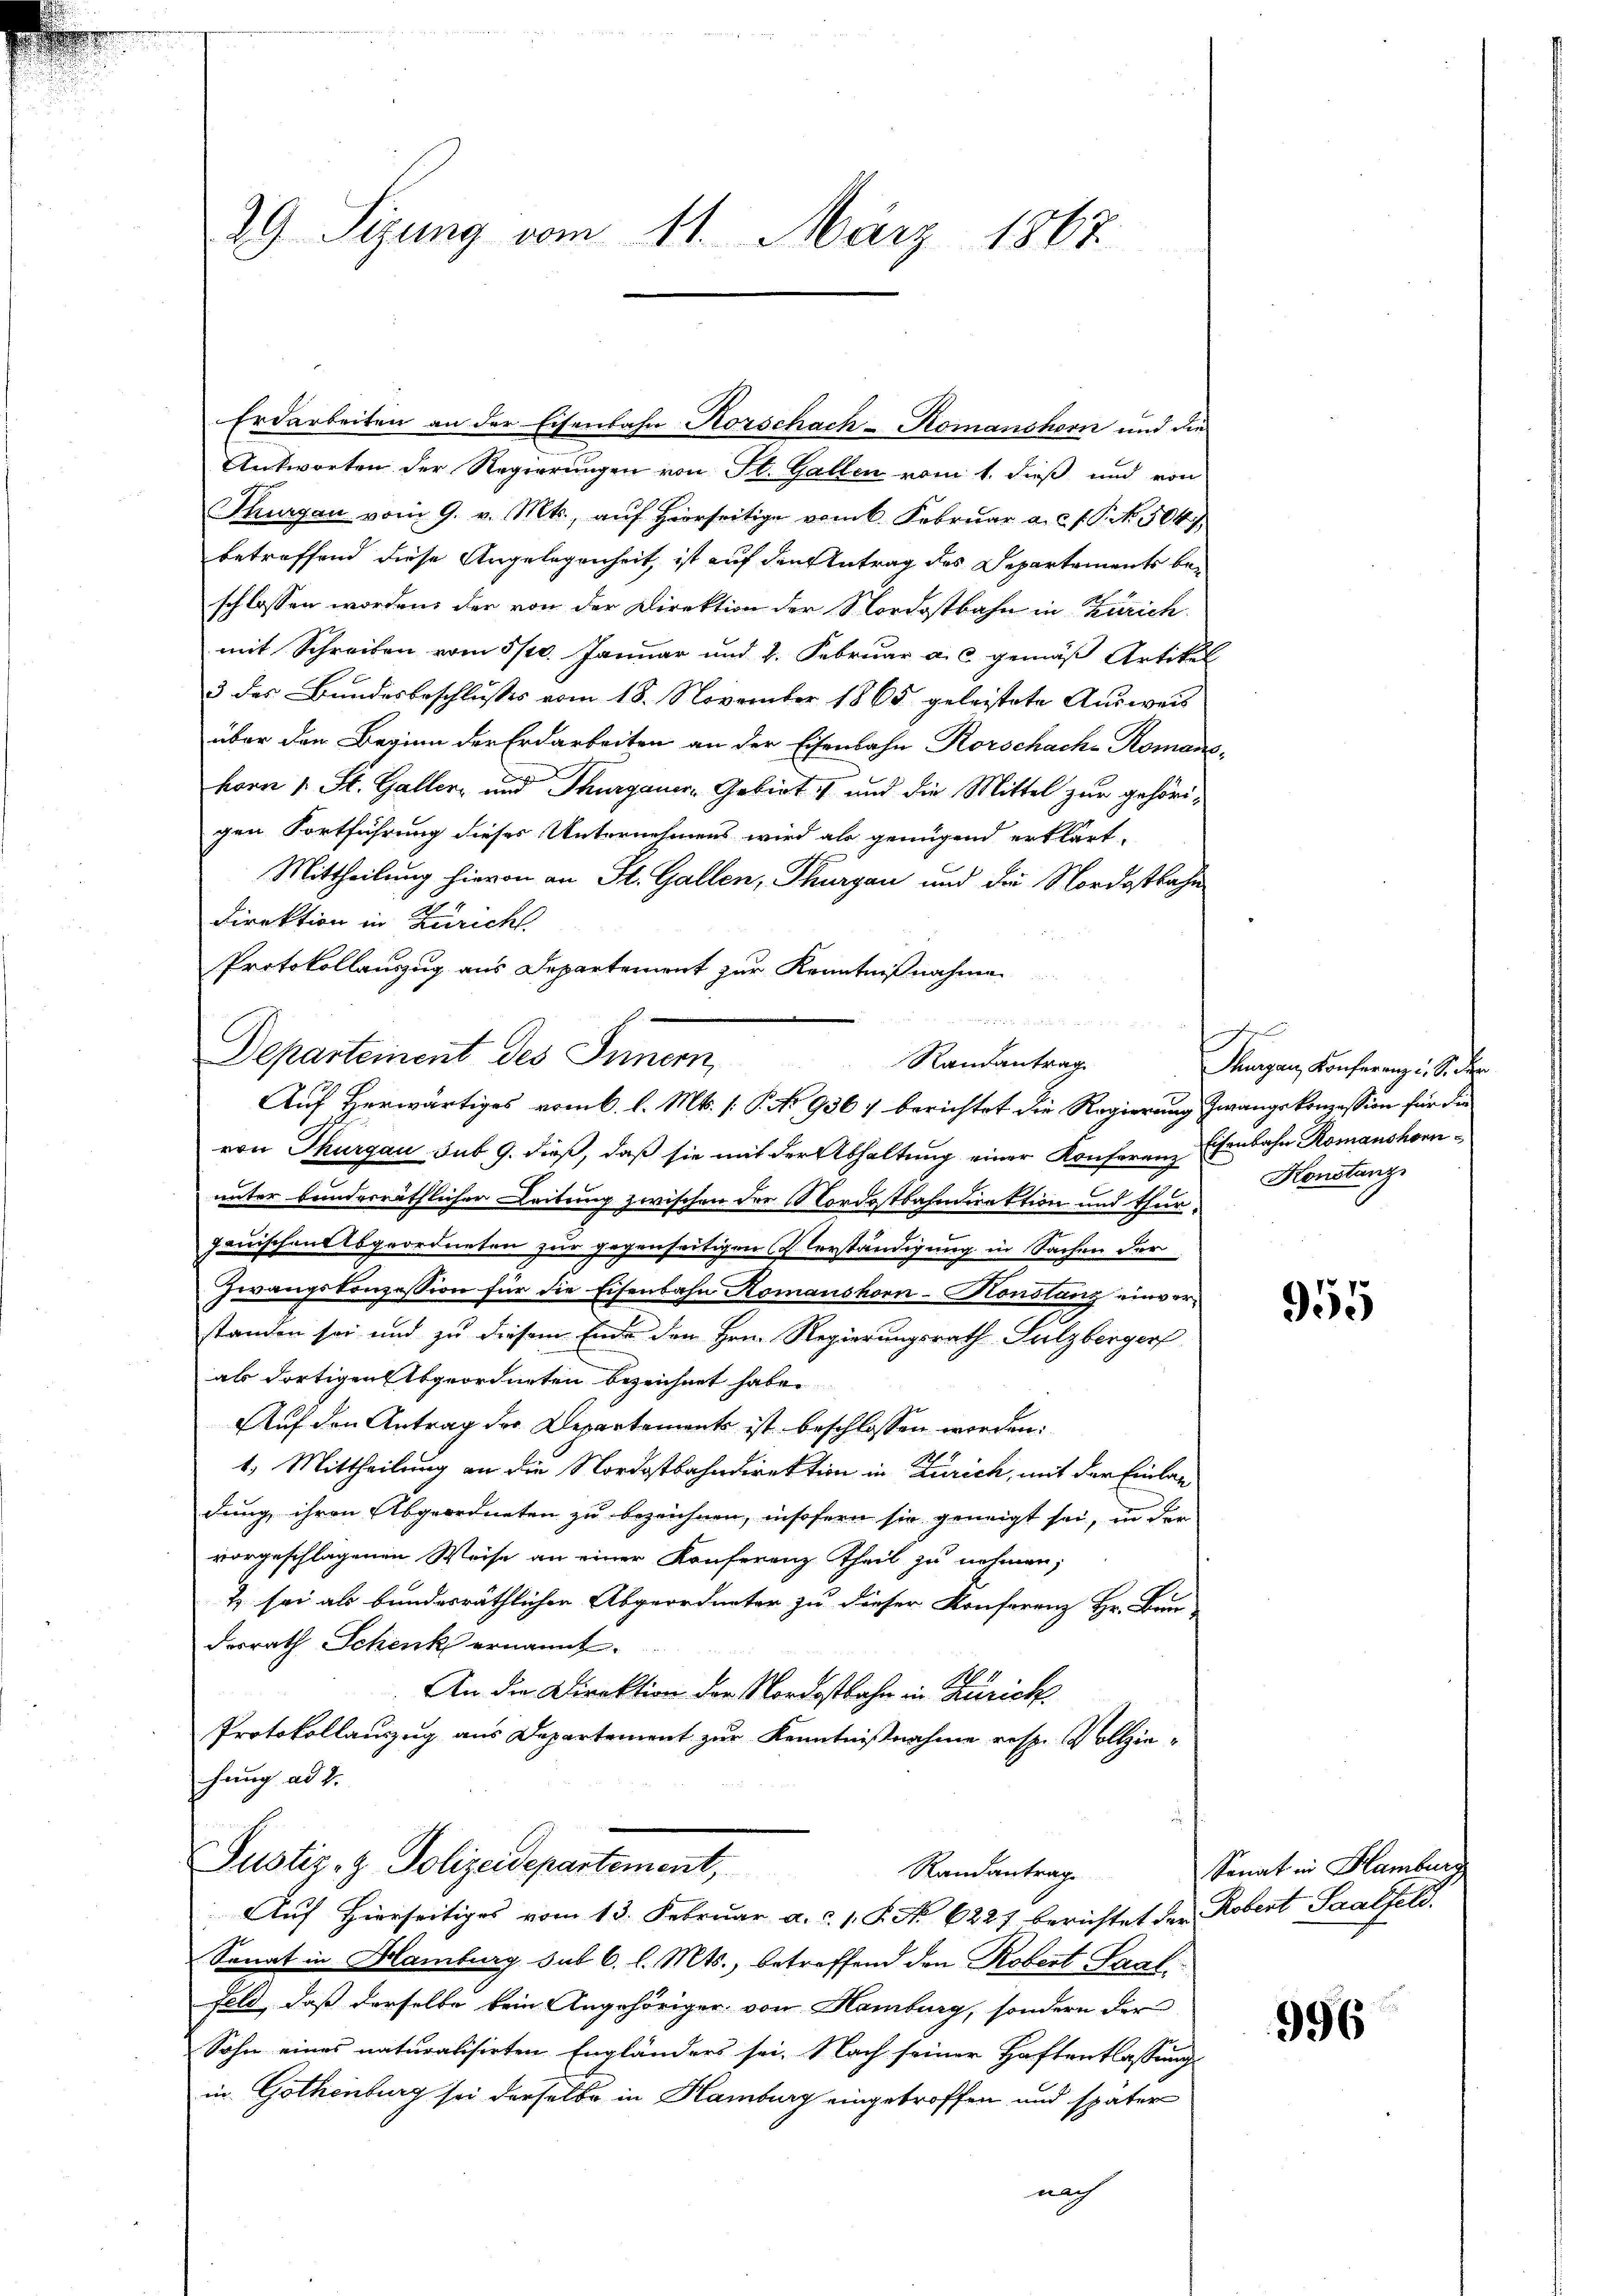
Antworten der Regierungen von St. Gallen vom 1. dieß und von
Thurgau vom 9. v. Mts., aŭf hierseitige vom 6. Febrŭar a. c. J. G. . 504,
betreffend diese Angelegenheit, ist auf den Antrag des Departements beschlossen worden, der von der Direktion der Nordostbahn in Zürich.
mit Schreiben vom 5/20. Januar und 2. Februar a. c. gemäß Artikel
3 des Bundesbeschlusses vom 18. November 1865 geleistete Ausweis
über den Beginn der Erdarbeiten an der Eisenbahn Rorschache Romano-
horn 1 St. Galler und Thurgauer Gebiet und die Mittel zur gehörigen Fortführung dieses Unternehmens wird als genügend erklärt,
Mittheilung hievon an St. Gallen, Thurgau und die Nordostbahn
Direktion in Züricht.
Protokollauszug aus Departement zur Kenntnißnahme
Departement des Innern,
von Thurgau sub 9. dieß, daß sie mit der Abhaltung einer Konferen Eisenbahn Romanshornunter bunderräthlicher Leitung zwischen der Nordostbahndirektion und Thurgauischen Abgeordneten zur gegenseitigen Vorständigung in Sachen der
Zwangskonzession für die Eisenbahn Komanshorn-Honstanz einverstanden sei und zu diesem Ende den Hrn. Regierungsrath Sulzberger
als dortigen Abgeordneten bezeichnet habe.
Auf den Antrag der Departements ist beschlossen worden:
1. Mittheilung an die Nordostbahndirektion in Zürich, mit der Einlag
dung ihren Abgeordneten zu bezeichnen, insofern sie geneigt sei, in der
vorgeschlagenen Weise an einer Konferenz Theil zu nehmen,
2) sei als bundesräthlichen Abgeordneter zu dieser Konferenz Hr. Bau-
desrath Schenk ernannt.
An die Direktion der Nordostbahn in Zürich
Protokollauszug aus Departement zur Kenntnißnahme resp. Vollziehung ad 1.
Justiz- & Polizeidepartement,
Randantrag
Auf Hierseitiges vom 13. Februar a.c. s. S. No 6227 berichtet der Robert Saalfeld.
Sonat in Hamburg sub 6. l. Mts., betroffend den Robert Saal,
feld, daß derselbe kein Angehöriger von Hamburg, sondern der
Sohn eines naturalisirten Engländers sei. Nach seiner Haftentlassung
in Gothenburg sei derselbe in Hamburg eingetroffen und später
nach

29. Sizung vom 11. März 1867.

Erdarbeiten an der Eisenbahn Korschach-Komanshorn und die

Randantrag
Auf herwärtiges vom 6. l. Mts. /: P. No 936, berichtet die Regierung zwangskonzession für die

machen
Thurgau, Konferenz u. S. der
Konstanz

955

Senat in Hamburg

996